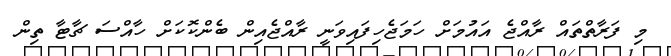
މި ފަރާތްތައް ރާއްޖެ އައުމަށް ހަމަޖެހިފައިވަނީ ރާއްޖެއިން ބެންކޮކަށް ހާއްސަ ޗާޓާ ތިން